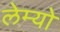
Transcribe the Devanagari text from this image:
लेम्यो